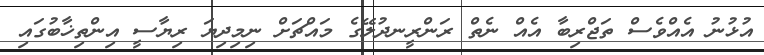
އުޅުނު އެއްވެސް ތަޖްރިބާ އެއް ނެތް ރަންރީނދުލޭގެ މައްޗަށް ނިމިދިޔަ ރިޔާސީ އިންތިޚާބުގައި